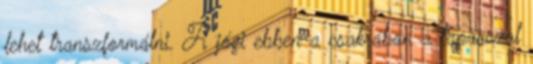
lehet transzformálni. A jógi ebben a csakrában a tapasszal